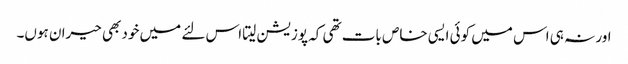
اور نہ ہی اس میں کوئی ایسی خاص بات تھی کہ پوزیشن لیتا اس لئے میں خود بھی حیران ہوں۔